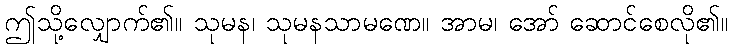
ဤသို့လျှောက်၏။ သုမန၊ သုမနသာမဏေ။ အာမ၊ အော် ဆောင်စေလို၏။